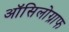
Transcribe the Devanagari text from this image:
ऑसिलोग्राफ